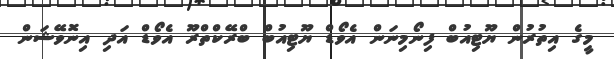
މީގެ އިތުރުން ޔޫޓިއުބް ފިނޯމިނަން އެވޯޑް ޔޫޓިއުބް ބްރޭކްތްރޫ އެވޯޑް އަދި އިނޮވޭޝަން